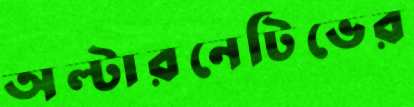
অল্টারনেটিভের